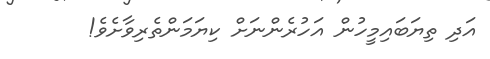
އަދި ތިޔަބައިމީހުން އަހުރެންނަށް ކިޔަމަންތެރިވާށެވެ!